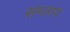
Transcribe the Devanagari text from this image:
संम्ताप